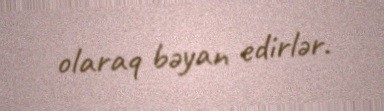
olaraq bəyan edirlər.